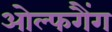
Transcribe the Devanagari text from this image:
ओल्फगैंग